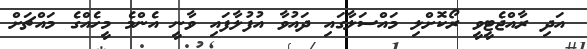
އަދި ރާއްޖެޓީވީ ރޯކޮށްލި މައްސަލާގައި ދައުވާ އުފުލާފައި ވާނީ އެންމެ މީހެއްގެ މައްޗަށް